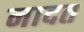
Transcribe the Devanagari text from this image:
नादत